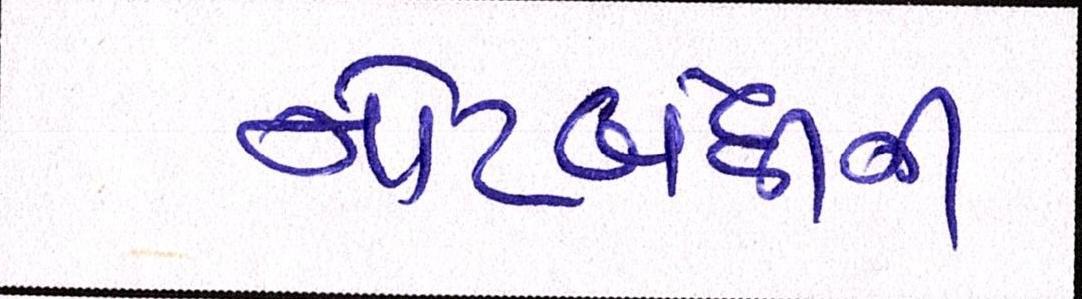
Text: નોટબંધીની